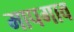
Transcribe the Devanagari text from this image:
मापगाव